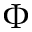
\Phi